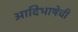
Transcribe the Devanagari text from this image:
आदिभाषेची